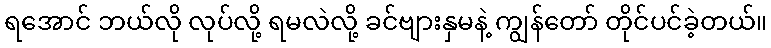
ရအောင် ဘယ်လို လုပ်လို့ ရမလဲလို့ ခင်ဗျားနှမနဲ့ ကျွန်တော် တိုင်ပင်ခဲ့တယ်။